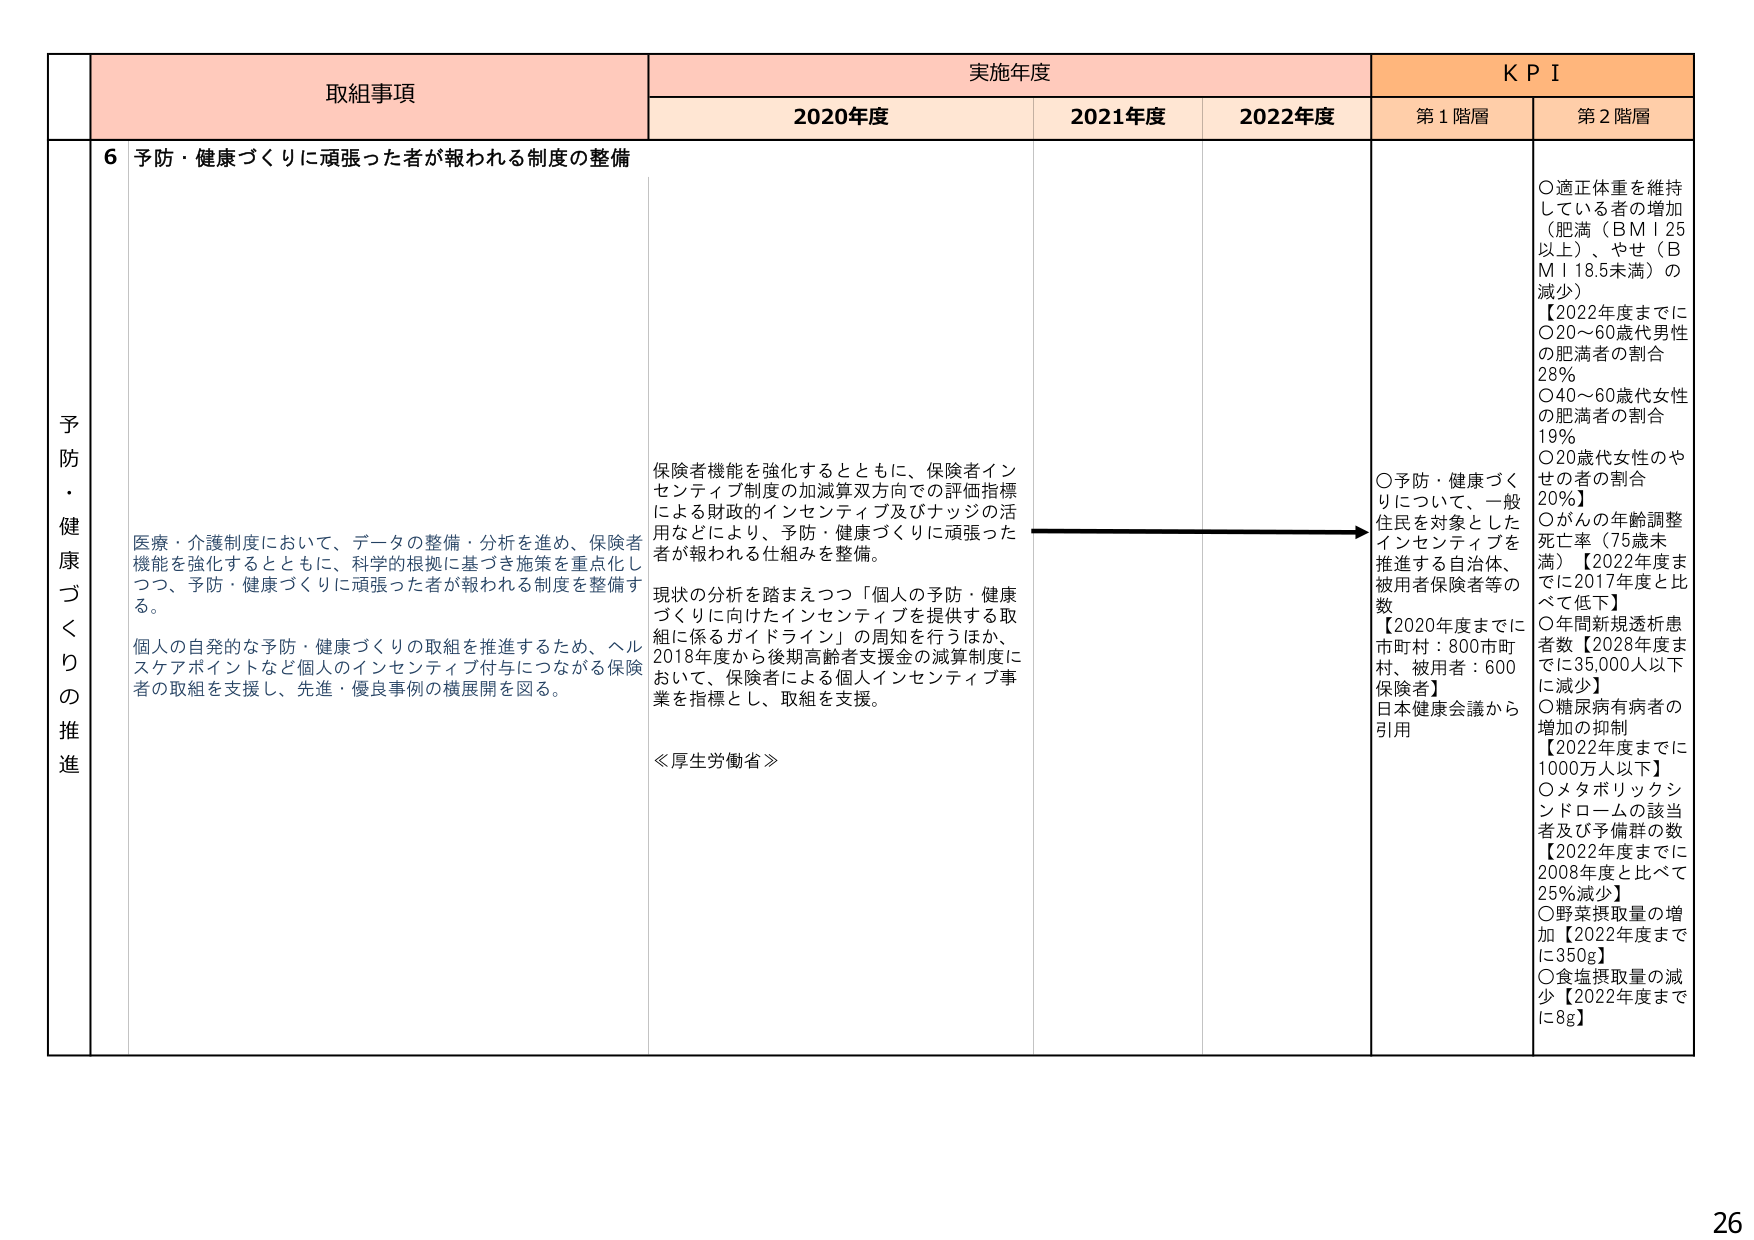
予防・健康づくりの推進

取組事項
6 予防・健康づくりに頑張った者が報われる制度の整備

実施年度
2020年度
2021年度
2022年度

KPI
第1階層
第2階層

医療・介護制度において、データの整備・分析を進め、保険者機能を強化するとともに、科学的根拠に基づき施策を重点化しつつ、予防・健康づくりに頑張った者が報われる制度を整備する。

個人の自発的な予防・健康づくりの取組を推進するため、ヘルスケアポイントなど個人のインセンティブ付与につながる保険者の取組を支援し、先進・優良事例の横展開を図る。

保険者機能を強化するとともに、保険者インセンティブ制度の加減算双方面での評価指標による財政的インセンティブ及びナッジの活用などにより、予防・健康づくりに頑張った者が報われる仕組みを整備。

現状の分析を踏まえつつ「個人の予防・健康づくりに向けたインセンティブを提供する取組に係るガイドライン」の周知を行うほか、2018年度から後期高齢者支援金の減算制度において、保険者による個人インセンティブ事業を指標とし、取組を支援。

≪厚生労働省≫

○予防・健康づくりについて、一般住民を対象としたインセンティブを推進する自治体、被用者保険者等の数
【2020年度までに市町村：800市町村、被用者：600保険者】
日本健康会議から引用

○適正体重を維持している者の増加（肥満（BMI 25以上）、やせ（BMI 18.5未満）の減少）
【2022年度までに
○20～60歳代男性の肥満者の割合 28%
○40～60歳代女性の肥満者の割合 19%
○20歳代女性のやせの者の割合 20%】

○がんの年齢調整死亡率（75歳未満）【2022年度までに2017年度と比べて低下】

○年間新規透析患者数【2028年度までに35,000人以下に減少】

○糖尿病有病者の増加の抑制
【2022年度までに1000万人以下】

○メタボリックシンドロームの該当者及び予備群の数
【2022年度までに2008年度と比べて25%減少】

○野菜摂取量の増加【2022年度までに350g】

○食塩摂取量の減少【2022年度までに8g】

26